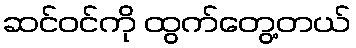
ဆင်ဝင်ကို ထွက်တွေ့တယ်